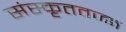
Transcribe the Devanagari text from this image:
संस्कृततज्ज्ञ